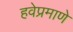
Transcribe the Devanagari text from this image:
हवेप्रमाणे